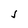
Character: j